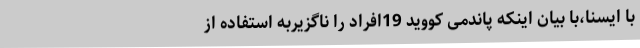
با ایسنا،با بیان اینکه پاندمی کووید 19افراد را ناگزیربه استفاده از